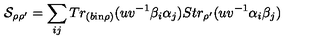
{ \cal S } _ { \rho \rho ^ { \prime } } = \sum _ { i j } T r _ { ( b \mathrm { i n } \rho ) } ( u v ^ { - 1 } \beta _ { i } \alpha _ { j } ) S t r _ { \rho ^ { \prime } } ( u v ^ { - 1 } \alpha _ { i } \beta _ { j } )